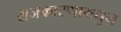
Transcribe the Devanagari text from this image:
राजकारणामधुन